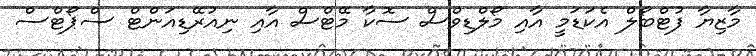
މާޒިޔާ ފުޓްބޯލް އެކަޑަމީ އާއި މޯލްޑިވްސް ސޮކާ މޭޓްސް އާއި ނިއުރޭޑިއަންޓް ސްޕޯޓްސް